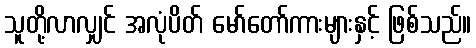
သူတို့လာလျှင် အလုံပိတ် မော်တော်ကားများနှင့် ဖြစ်သည်။